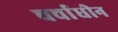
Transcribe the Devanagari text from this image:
चर्चाधीन